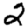
Digit: 2